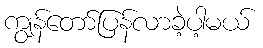
ကျွန်တော်ပြန်လာခဲ့ပါ့မယ်